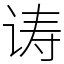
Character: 诪